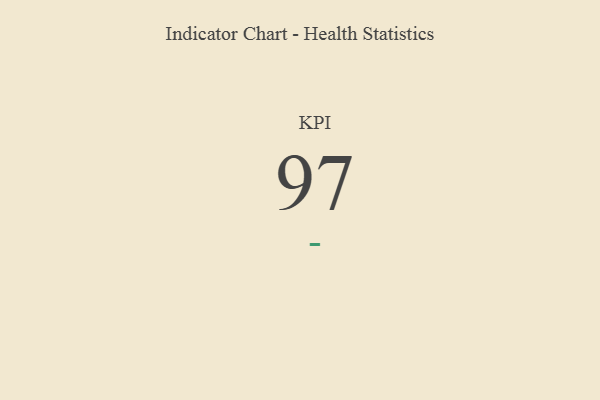
{"axis": {"x": "KPI", "y": "Value"}, "legend": [""], "data": [{"x": "KPI", "y": 97, "type": ""}]}